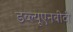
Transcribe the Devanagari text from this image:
डब्ल्यूएनबीटी